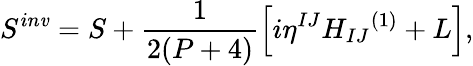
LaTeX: S^{in\mathit{v}}=S+\frac{{1}}{{2(P+4)}}\left[i{\eta}^{IJ}{H_{IJ}}^{(1)}+L\right],